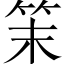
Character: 𥬎